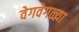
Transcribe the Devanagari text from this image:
वेगवेगळ्य़ा